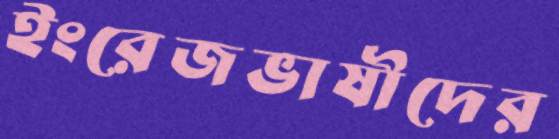
ইংরেজভাষীদের